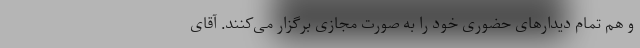
و هم تمام دیدارهای حضوری خود را به صورت مجازی برگزار می‌کنند. آقای